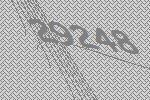
29248